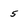
Character: 5